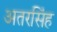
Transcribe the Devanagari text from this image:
अतरसिंह